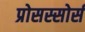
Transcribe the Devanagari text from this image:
प्रोसस्सोर्स